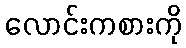
လောင်းကစားကို